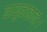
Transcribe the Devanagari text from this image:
वायुवाहनः।